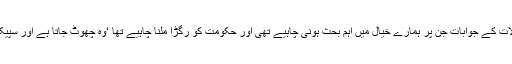
اس کی وجہ سے کئی اہم سوالات کے جوابات جن پر ہمارے خیال میں اہم بحث ہونی چاہیے تھی اور حکومت کو رگڑا ملنا چاہیے تھا ‘وہ چھوٹ جاتا ہے اور سپیکر اگلے سوال پر چلا جاتا ہے۔